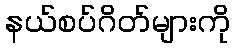
နယ်စပ်ဂိတ်များကို